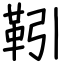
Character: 靷